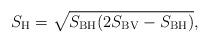
LaTeX: \begin{align*}S_{\rm H}=\sqrt{S_{\rm BH} (2 S_{\rm BV}-S_{\rm BH})},\end{align*}